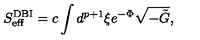
S _ { \mathrm { e f f } } ^ { \mathrm { D B I } } = c \int d ^ { p + 1 } \xi e ^ { - \Phi } \sqrt { - \tilde { G } } ,